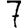
Digit: 7